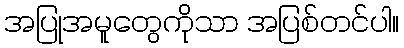
အပြုအမူတွေကိုသာ အပြစ်တင်ပါ။